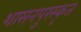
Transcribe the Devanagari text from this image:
शासनपुरस्कृत